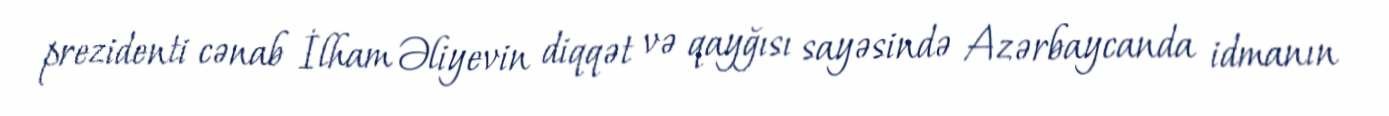
prezidenti cənab İlham Əliyevin diqqət və qayğısı sayəsində Azərbaycanda idmanın